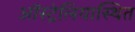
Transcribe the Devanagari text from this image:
ऑस्ट्रेलियास्थित